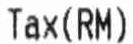
TAX (RM)